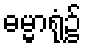
ဓမ္မာရုံ၌